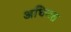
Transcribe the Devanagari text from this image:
अधिगत